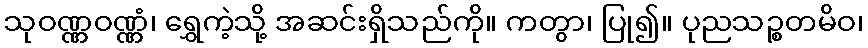
သုဝဏ္ဏဝဏ္ဏံ၊ ရွှေကဲ့သို့ အဆင်းရှိသည်ကို။ ကတွာ၊ ပြု၍။ ပုညသဉ္စတမိဝ၊